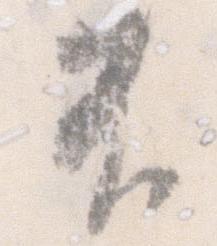
不